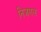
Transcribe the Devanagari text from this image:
निजगल